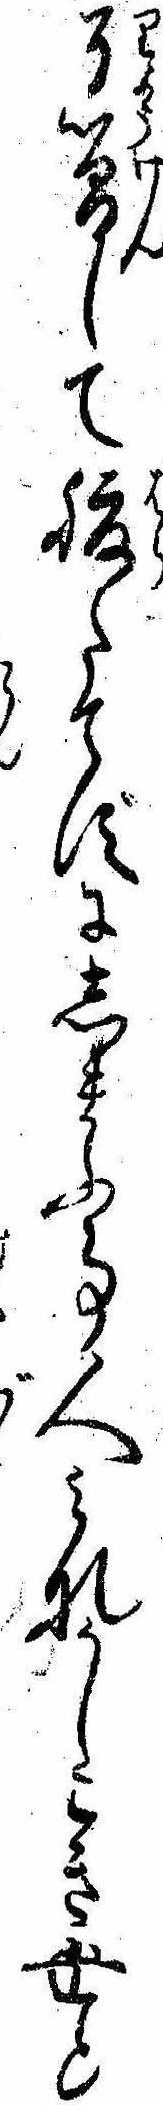
了簡して腹たてずにしまふ事人みなかしこき世と